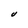
Character: U